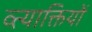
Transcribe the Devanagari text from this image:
व्त्याक्तियों